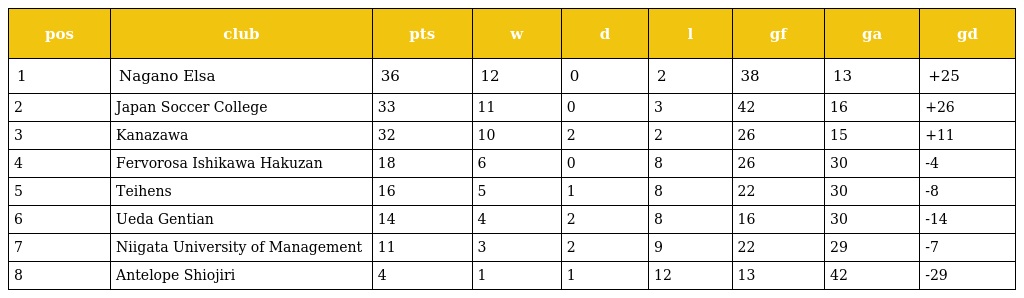
| pos | club | pts | w | d | l | gf | ga | gd |
 | --- | --- | --- | --- | --- | --- | --- | --- | --- |
 | 1 | Nagano Elsa | 36 | 12 | 0 | 2 | 38 | 13 | +25 |
 | 2 | Japan Soccer College | 33 | 11 | 0 | 3 | 42 | 16 | +26 |
 | 3 | Kanazawa | 32 | 10 | 2 | 2 | 26 | 15 | +11 |
 | 4 | Fervorosa Ishikawa Hakuzan | 18 | 6 | 0 | 8 | 26 | 30 | -4 |
 | 5 | Teihens | 16 | 5 | 1 | 8 | 22 | 30 | -8 |
 | 6 | Ueda Gentian | 14 | 4 | 2 | 8 | 16 | 30 | -14 |
 | 7 | Niigata University of Management | 11 | 3 | 2 | 9 | 22 | 29 | -7 |
 | 8 | Antelope Shiojiri | 4 | 1 | 1 | 12 | 13 | 42 | -29 |